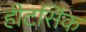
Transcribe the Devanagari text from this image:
हीटसिंक